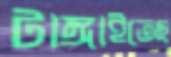
টাঙ্গাইতেছ